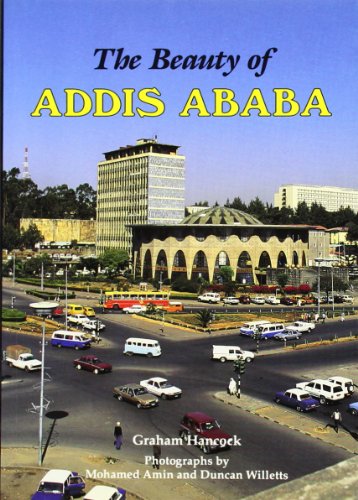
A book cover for Beauty of Addis Ababa; Graham Hancock; Travel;